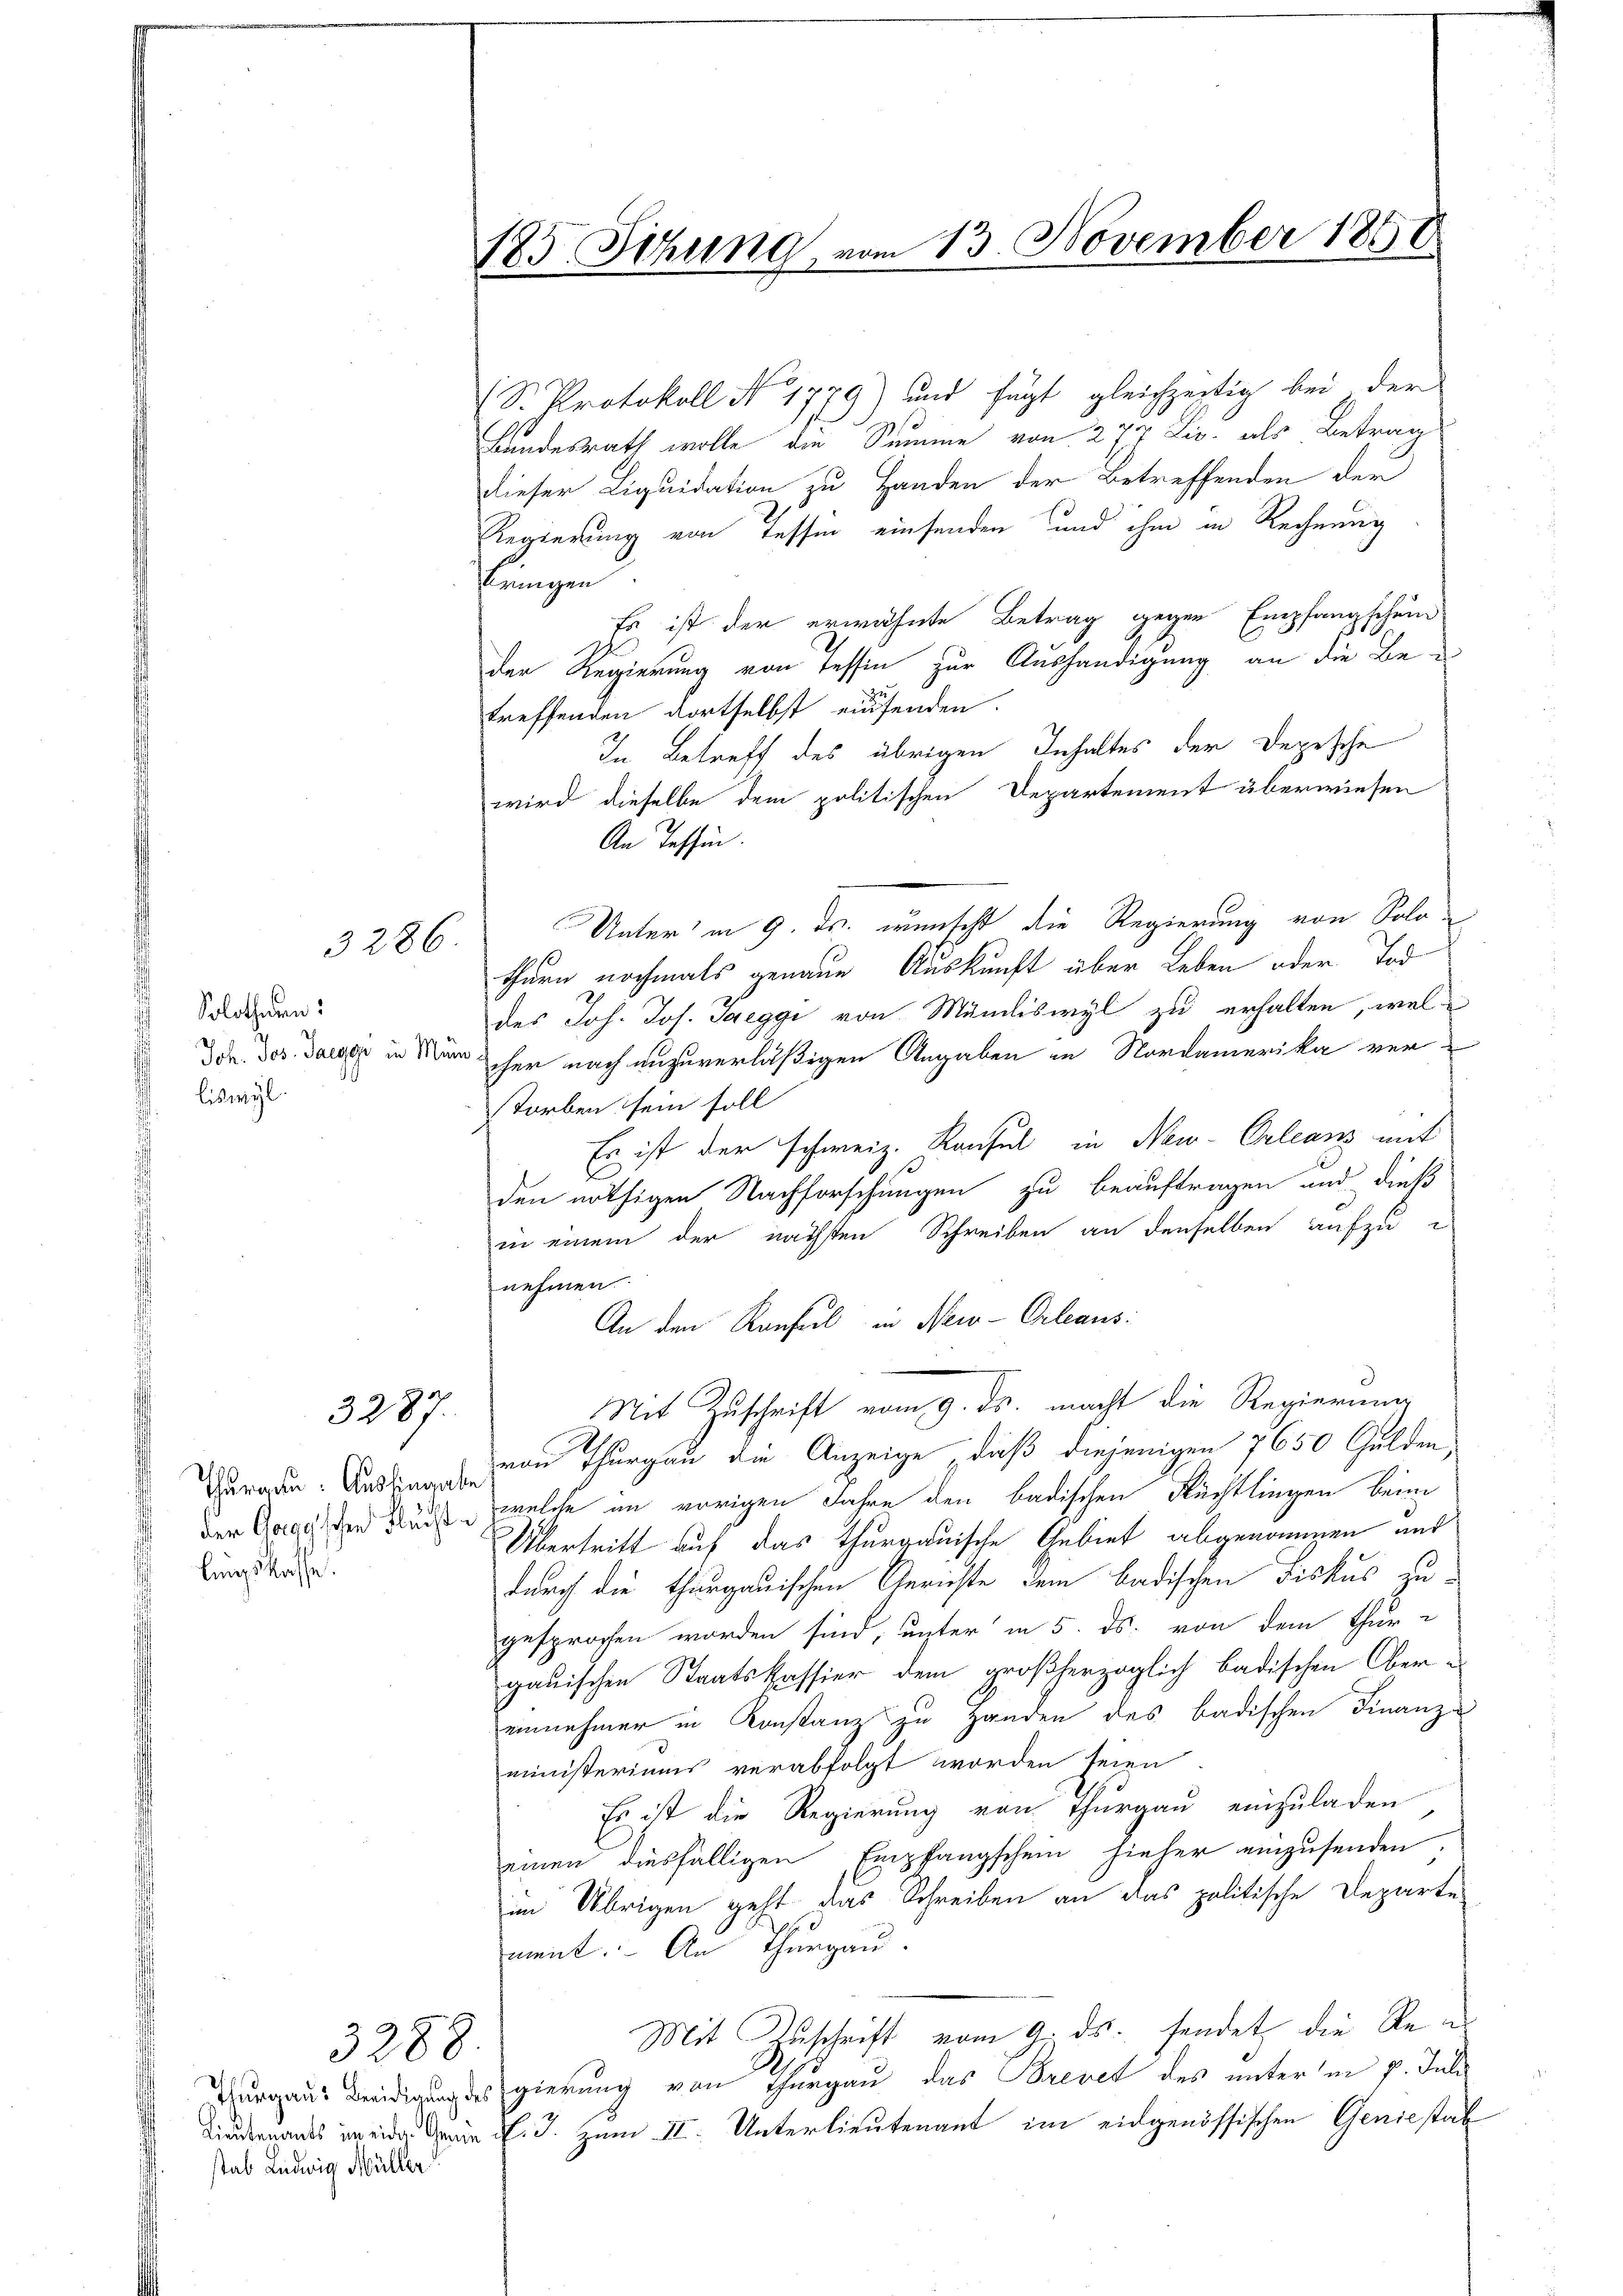
3286

Solotheken:
liswyl

3287.

lingskasse.

185. Sitzung, vom 13. November 1851

S. Protokoll No 1779) und fügt gleichzeitig bei der
Landesrath wolle die Summe von 277 Liv. als Betrag
dieser Liquidation zu Handen der Betreffenden der
Regierung von Tessin einsenden und ihm in Rechnung
bringen
Es ist der erwähnte Betrag gegen Empfangschein
der Regierung von Tessin zur Aushändigung an die Be¬
2
treffenden dortselbst einsenden.
In Betreff des übrigen Inhaltes der Depesche
wird dieselbe dem politischen Departement überwiesen
An Tessin.
Unter in 9. ds. wünscht die Regierung von Solo-
thurn nochmals genaue Auskunft über Leben oder Tod
des Joh. Jos. Jaeggi von Mändliswyl zu erhalten, weldee des Daeger in Man her nach unzuverläßigen Angaben in Nordamerika verstorben sein soll
Es ist der schweiz. Konsul in New-Orleans mit
e
den nöthigen Nachforschungen zu beauftragen und dieß
in einem der nächsten Schreiben an denselben aufzue
nehmen
An den Ranfiel in New-Orleans
Stit Zuschrift vom 9. ds. macht die Regierung
Gerade von Thurgau die Anzeige, daß diejenigen 7650 Gulden,
der Garan der Fuss, welche im vorigen Jahre den badischen Rüchtlingen beim
Übertritt auf das thurgauische Gebiet abgenommen und
durch die thurgauischen Gerichte dem badischen Fiskus zugesprochen worden sind, unter in 5. ds. von dem Thurgauischen Staatskassier dem großherzoglich badischen Obereinnehmer in Konstanz zu Handen des badischen Finanz-
ministeriums verabfolgt worden seien
Es ist die Regierung von Thurgau einzuladen
einen diesfälligen Empfangschein hieher einzusenden.
im Übrigen geht das Schreiben an das politische Departe
ment. An Thurgau.
Mit Zuschrift vom 9. ds. sendet die Re
urgaus Beeidigung des gierung von Thurgau das Brevet des unterm 7. Juli
Lindernants in eide darin d. J. zum II. Unterlieutenant im eidgenössischen Geniestal

3288.
stab Ludwig Müller